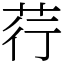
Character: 荇